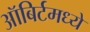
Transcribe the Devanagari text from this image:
ऑबिर्टमध्ये